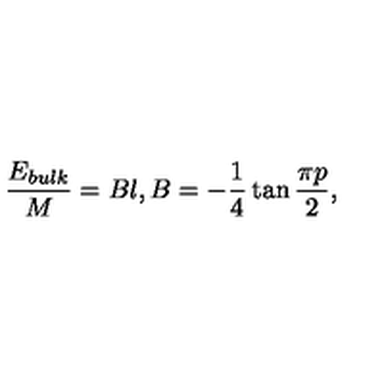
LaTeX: \frac { E _ { b u l k } } { M } = B l , B = - \frac { 1 } { 4 } \tan \frac { \pi p } { 2 } ,